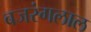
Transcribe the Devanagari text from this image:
बजरंगलाल